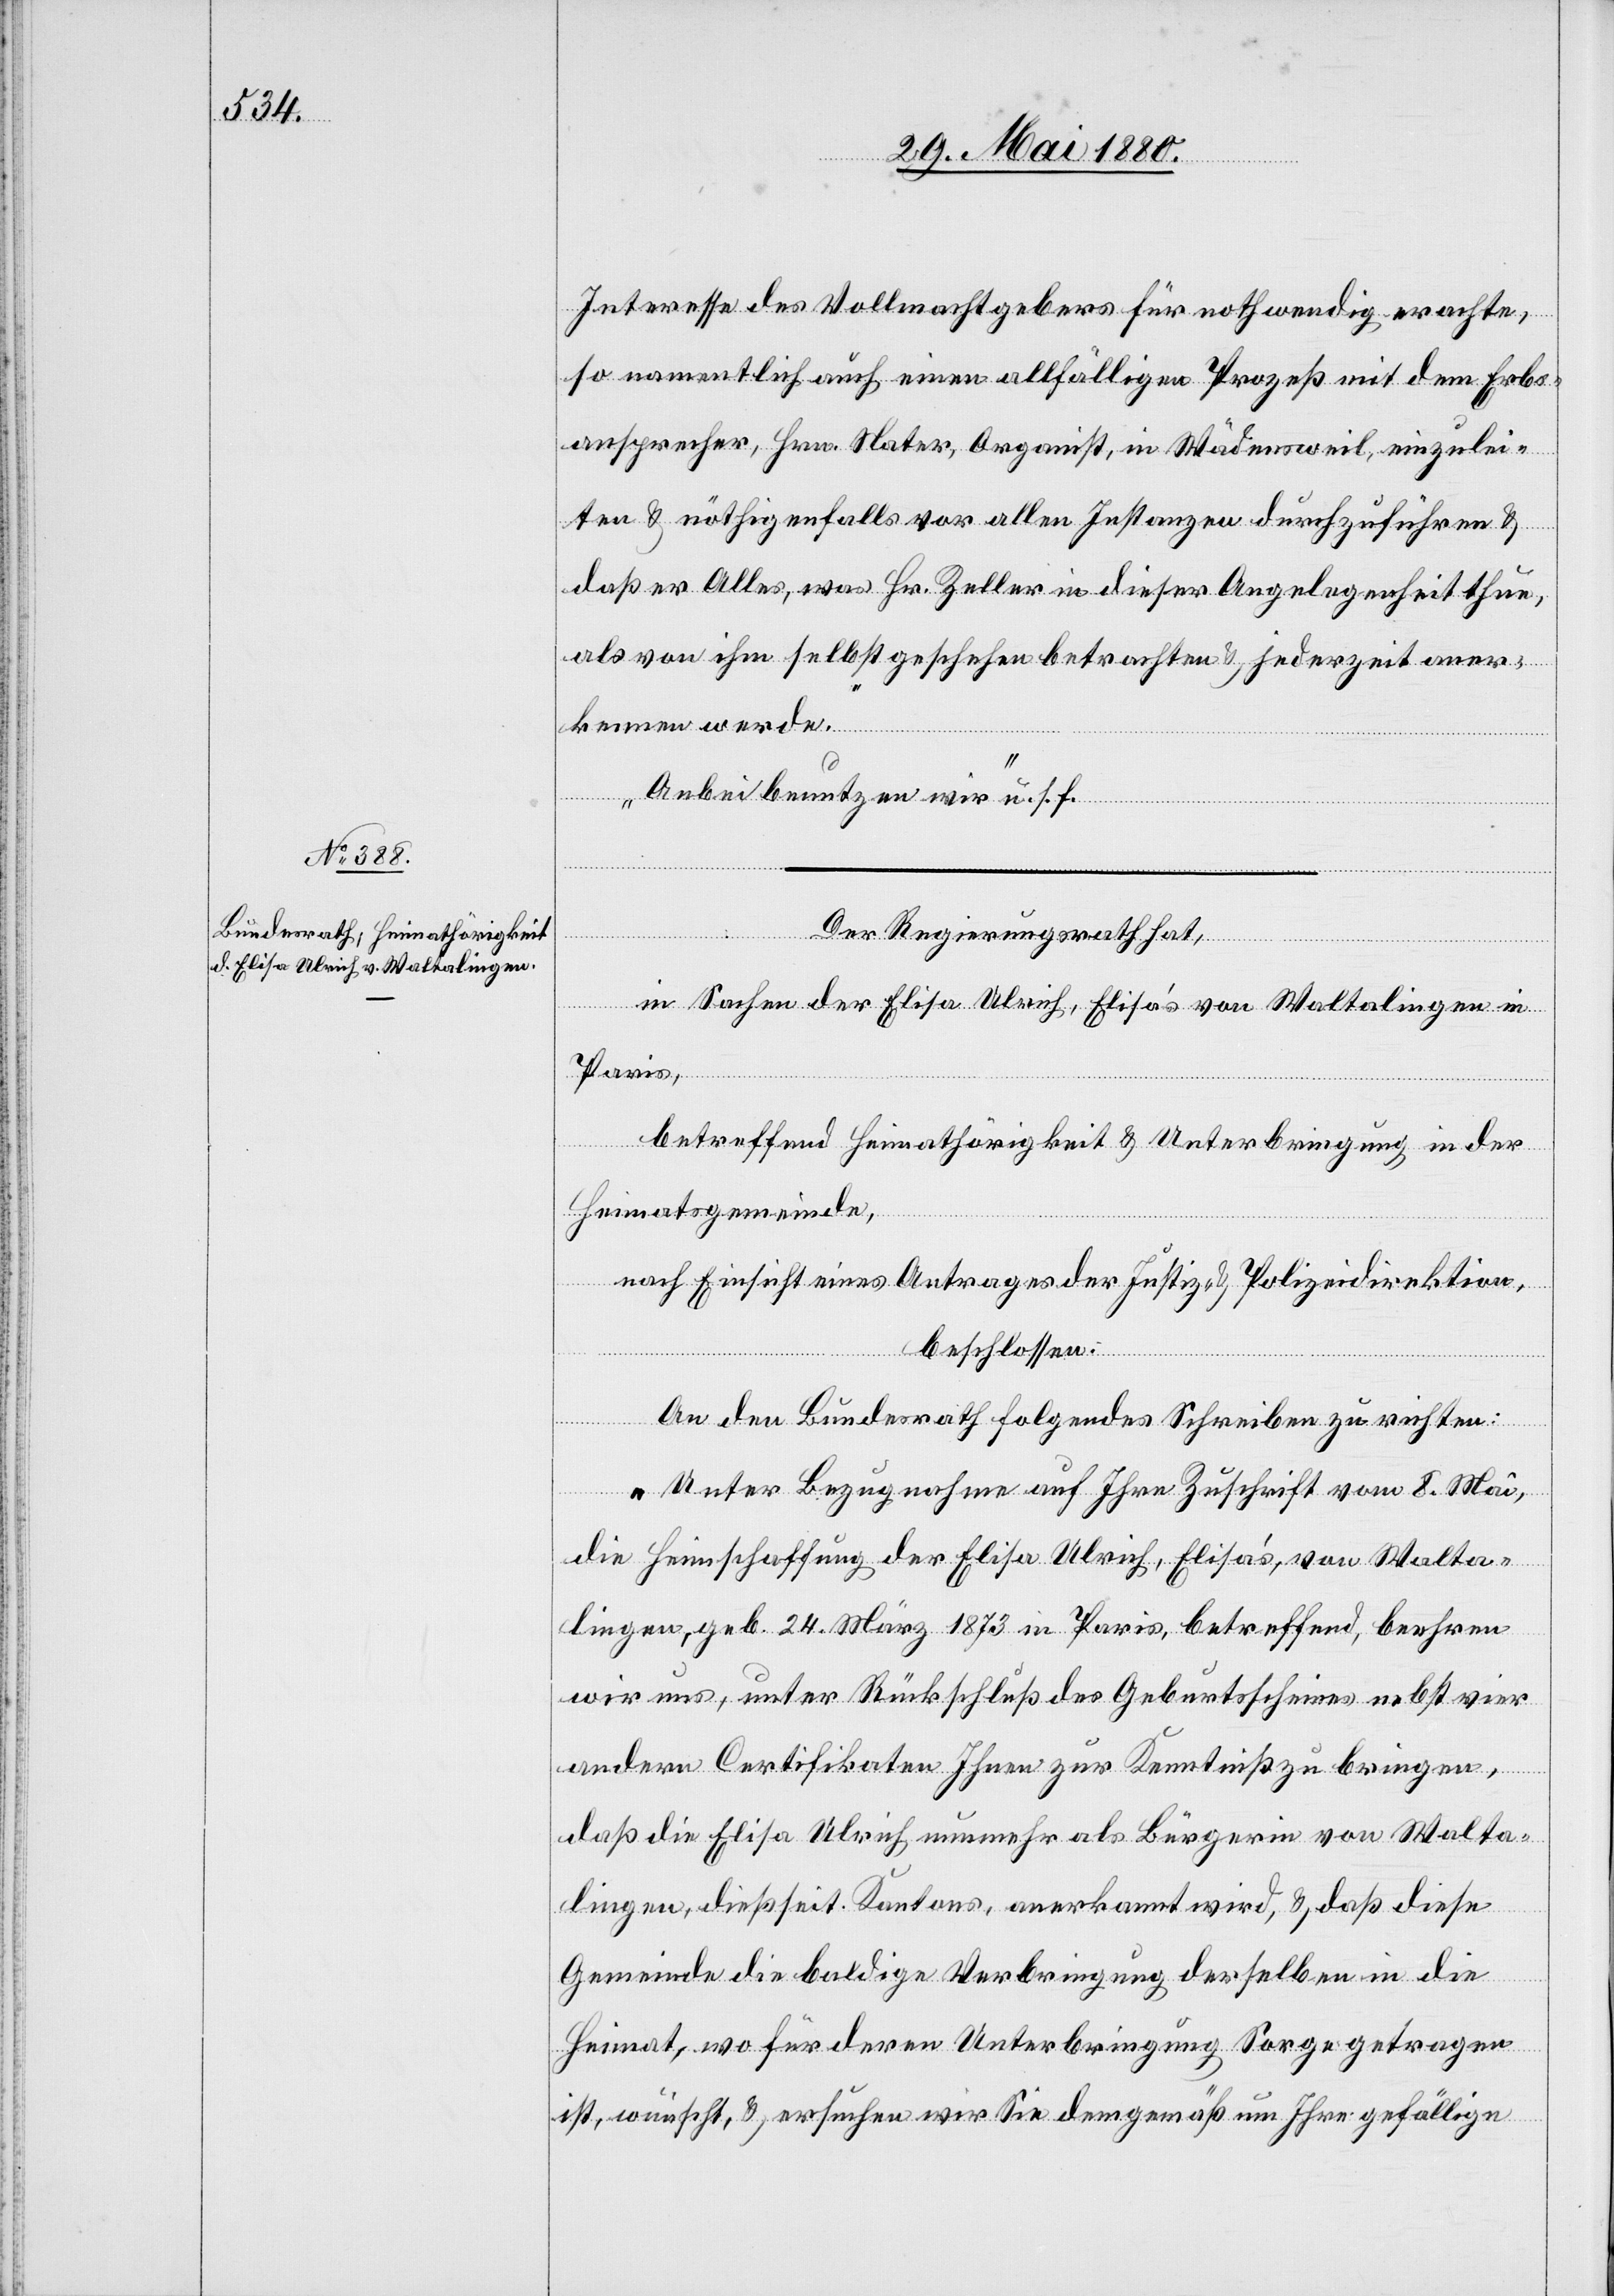
Interesse des Vollmachtgebers für nothwendig erachte,
so namentlich auch einen allfälligen Prozeß mit dem Erbs¬
ansprecher, Hrn. Nater, Organist, in Wädensweil, einzulei¬
ten & nöthigenfalls vor allen Instanzen durchzuführen &
daß er Alles, was Hr. Zeller in dieser Angelegenheit thue,
als von ihm selbst geschehen betrachten & jederzeit aner¬
kennen werde.
Anbei benutzen wir“ u. s. f.
Der Regierungsrath hat,
in Sachen der Elisa Ulrich, Elisa’s von Waltalingen in
Paris,
betreffend Heimathörigkeit & Unterbringung in der
Heimatsgemeinde,
nach Einsicht eines Antrages der Justiz- & Polizeidirektion,
beschlossen:
An den Bundesrath folgendes Schreiben zu richten:
„Unter Bezugnahme auf Ihre Zuschrift vom 8. Mai,
die Heimschaffung der Elisa Ulrich, Elisa’s, von Walta¬
lingen, geb. 24. März 1873 in Paris, betreffend, beehren
wir uns, unter Rückschluß des Geburtsscheines nebst vier
andern Certifikaten Ihnen zur Kenntniß zu bringen,
daß die Elisa Ulrich nunmehr als Bürgerin von Walta¬
lingen, dießseit. Kantons, anerkannt wird, & daß diese
Gemeinde die baldige Verbringung derselben in die
Heimat, wo für deren Unterbringung Sorge getragen
ist, wünscht, & ersuchen Sie dem gemäß um Ihre gefällige